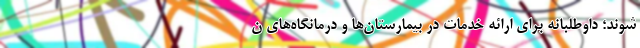
شوند؛ داوطلبانه برای ارائه خدمات در بیمارستان‌ها و درمانگاه‌های ن